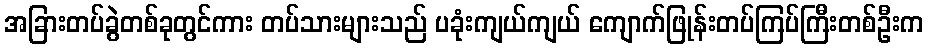
အခြားတပ်ခွဲတစ်ခုတွင်ကား တပ်သားများသည် ပခုံးကျယ်ကျယ် ကျောက်ဖြုန်းတပ်ကြပ်ကြီးတစ်ဦးက